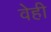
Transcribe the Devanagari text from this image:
वेही